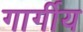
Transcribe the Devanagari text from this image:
गार्गीय